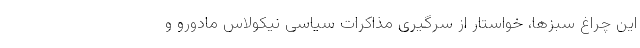
این چراغ سبزها، خواستار از سرگیری مذاکرات سیاسی نیکولاس مادورو و